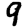
Digit: 9